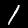
Label: 1